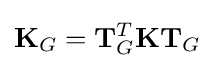
\mathbf {K} _{G}=\mathbf {T} _{G}^{T}\mathbf {K} \mathbf {T} _{G}